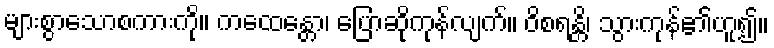
များစွာသောစကားကို။ ကထေန္တော၊ ပြောဆိုကုန်လျက်။ ဝိစရန္တိ၊ သွားကုန်၏ဟူ၍။